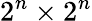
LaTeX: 2^{n}\times 2^{n}